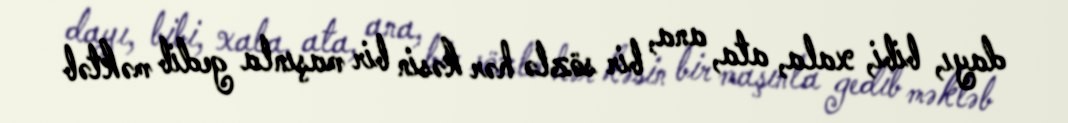
dayı, bibi, xala, ata, ana, bir sözlə hər kəsin bir maşınla gedib məktəb